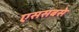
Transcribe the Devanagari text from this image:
एससबसे